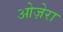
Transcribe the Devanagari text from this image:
ओज़ेरा